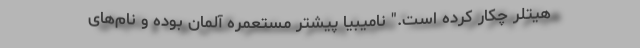
هیتلر چکار کرده است." نامیبیا پیشتر مستعمره آلمان بوده و نام‌های